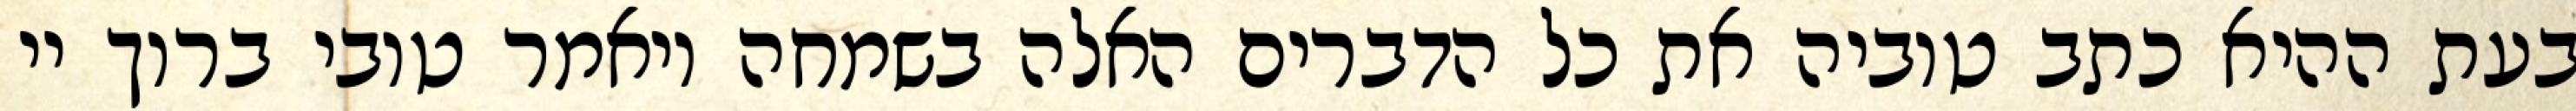
בעת ההיא כתב טוביה את כל הדברים האלה בשמחה ויאמר טובי ברוך יי